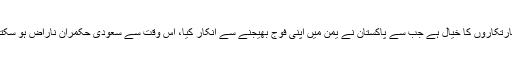
چند سفارتکاروں کا خیال ہے جب سے پاکستان نے یمن میں اپنی فوج بھیجنے سے انکار کیا، اس وقت سے سعودی حکمران ناراض ہو سکتے ہیں۔